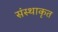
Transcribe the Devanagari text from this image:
संस्थाकृत